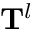
\mathbf { T } ^ { l }